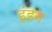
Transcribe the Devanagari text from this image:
इंडन